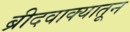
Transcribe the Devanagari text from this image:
ब्रीदवाक्यातून